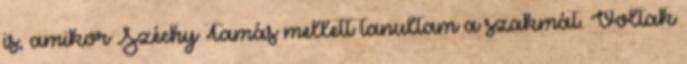
is, amikor Széchy Tamás mellett tanultam a szakmát. Voltak